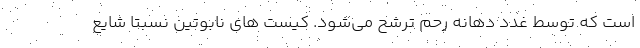
است که توسط غدد دهانه رحم ترشح می‌شود. کیست های نابوتین نسبتا شایع